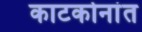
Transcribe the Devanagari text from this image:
काटकोनांत